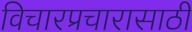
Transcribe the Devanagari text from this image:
विचारप्रचारासाठी